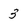
Character: 3